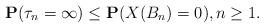
LaTeX: \begin{align*}\mathbf{P}(\tau_n=\infty)\leq \mathbf{P}(X(B_n)=0),n\geq1.\end{align*}